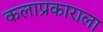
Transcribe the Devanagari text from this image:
कलाप्रकाराला